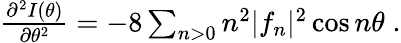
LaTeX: \begin{array}{r}{\frac{\partial^{2}I(\theta)}{\partial\theta^{2}}=-8\sum_{n>0}n^{2}|f_{n}|^{2}\cos n\theta\; .}\end{array}